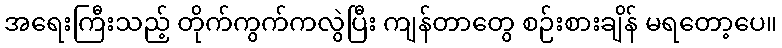
အရေးကြီးသည့် တိုက်ကွက်ကလွဲပြီး ကျန်တာတွေ စဉ်းစားချိန် မရတော့ပေ။